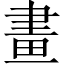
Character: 畫